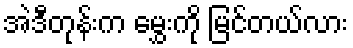
အဲဒီတုန်းက မွှေးကို မြင်တယ်လား